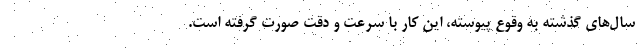
سال‌های گذشته به وقوع پیوسته، این کار با سرعت و دقت صورت گرفته است.